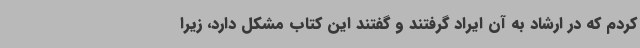
کردم که در ارشاد به‌ آن ایراد گرفتند و گفتند این کتاب مشکل دارد، زیرا